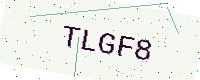
Text: TLGF8